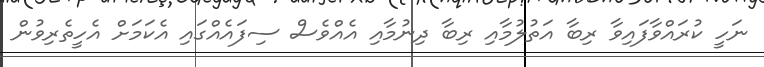
ނަހީ ކުރައްވާފައިވާ ރިބާ އަތުލުމާއި ރިބާ ދިނުމާއި އެއްވެސް ސިފައެއްގައި އެކަމަށް އެހީތެރިވުން